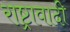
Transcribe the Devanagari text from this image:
राष्ट्रावादी